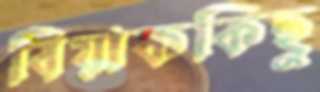
বিয়াককিছু